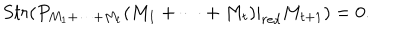
LaTeX: S t r ( P _ { M _ { 1 } + \dots + M _ { t } } ( M _ { 1 } + \dots + M _ { t } ) | _ { { r e d } } M _ { t + 1 } ) = 0 .